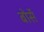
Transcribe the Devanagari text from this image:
बोर्से